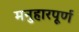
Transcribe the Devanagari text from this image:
मनुहारपूर्ण